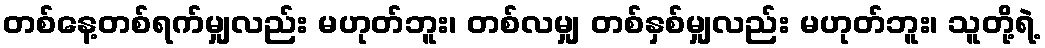
တစ်နေ့တစ်ရက်မျှလည်း မဟုတ်ဘူး၊ တစ်လမျှ တစ်နှစ်မျှလည်း မဟုတ်ဘူး၊ သူတို့ရဲ့